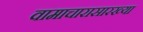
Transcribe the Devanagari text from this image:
वामाचारासारख्या